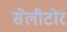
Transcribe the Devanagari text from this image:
सेलीटोर